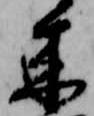
来